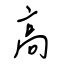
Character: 高